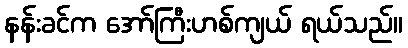
နန်းခင်က အော်ကြီးဟစ်ကျယ် ရယ်သည်။